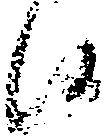
候